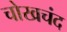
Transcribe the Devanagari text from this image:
चोखचंद